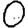
Digit: 0